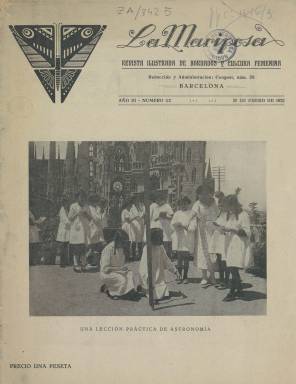
Título: La Mariposa (Barcelona)
Colección: Revistas femeninas || Moda
Ámbito geográfico: Barcelona
Lugar de publicación: Barcelona
Fechas: 20/01/1922-20/01/1922

Subtitulada revista ilustrada de bordados y cultura femenina, se trata de una publicación dedicada fundamentalmente a las labores que ofrecía también información que se suponía de interés para las mujeres. Editada en Barcelona, no hay que confundir con otras revistas, como una editada en Valencia, del mismo título, dado que el dibujo de una mariposa era un tema recurrente en los bordados.

   La publicación comenzó a editarse quincenalmente en 1920, con números los días 5 y 20 de cada mes, pero la Biblioteca Nacional solo posee un número, el correspondiente al 20 de enero de 1922. Poco es lo que se sabe de esta revista, dado que apenas ha dejado rastro en la investigación de la prensa histórica. Se conoce quien era su director, el periodista Luis Bernet, porque se le menciona en una información en la que se da cuenta del fallecimiento de su madre.  Este número cuenta con 29 páginas, pero no es posible saber si esa paginación era la habitual o cambiaba con cada entrega.

   Lógicamente, los dibujos de bordados, la costura y la moda en general es el contenido predominante de esta revista que cuenta con una amplia publicidad dada la pujanza de la industria textil en Cataluña. Son muchos los anuncios que ayudaban a financiar la publicación, que tenía suscriptores en toda España e incluso en el extranjero.

  Aparte de los bordados, la publicación hacía honor a su subtítulo incluyendo otros contenidos de interés para la mujer. De destacar es una página titulada ‘Escarceos feministas’ que muy probablemente era una de las secciones fijas de la revista. En ellas se informa de los avances de los derechos de la mujer en diferentes países. En lo que respecta a España se dice: ‘La Cruzada de Mujeres Españolas ha presentado una petición en el Senado pidiendo que para la mujer se legalicen los mismos derechos que para el hombre. El senador señor Ubiena se ha encargado del dictamen’. La página va firmada por un seudónimo: A. Cazador Furtivo.

  Otra información relevante que contiene el único número de esta revista en poder de la BNE es la referente al templo de la Sagrada Familia de Barcelona. En la portada se puede ver la fotografía de un grupo de niñas en una lección práctica de astronomía con el fondo del monumento detrás. En páginas interiores, bajo el epígrafe de sección religiosa, hay un artículo dedicado a José, María y Jesús, la sagrada familia, y su significación para la familia cristiana.

[Descripción publicada el 17/08/2022]